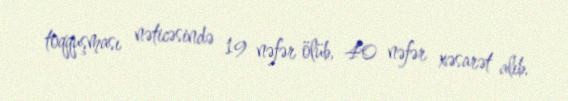
toqquşması nəticəsində 19 nəfər ölüb, 40 nəfər xəsarət alıb.